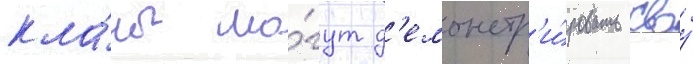
кла́ны мо́гут д'емонстр'и́ровать своу́